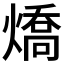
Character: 燆